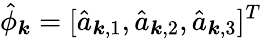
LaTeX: {\hat{\phi}}_{\boldsymbol{k}}=[{\hat{a}}_{{\boldsymbol{k}},1},{\hat{a}}_{{\boldsymbol{k}},2},{\hat{a}}_{{\boldsymbol{k}},3}]^{T}